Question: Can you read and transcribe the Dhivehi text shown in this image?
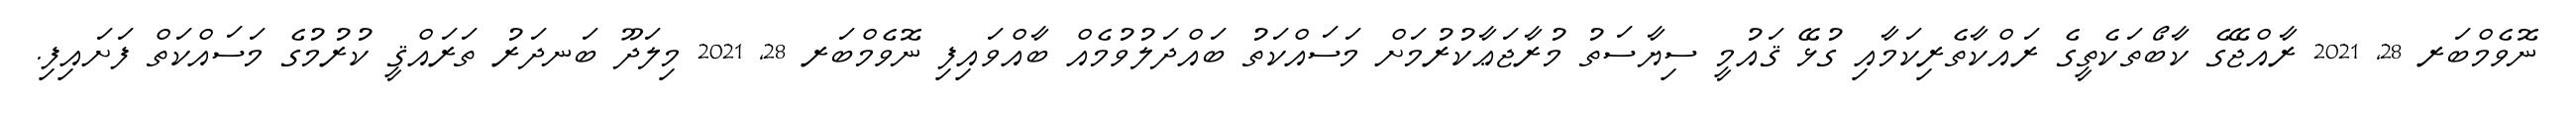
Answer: ނޮވެމްބަރ 28, 2021 ރާއްޖޭގެ ކާބޯތަކެތީގެ ރައްކާތެރިކަމާއި ގުޅޭ ޤައުމީ ސިޔާސަތު މުރާޖަޢާކުރުމަށް މަސައްކަތު ބައްދަލުވުމެއް ބާއްވައިފި ނޮވެމްބަރ 28, 2021 މިލަދޫ ބަނދަރު ތަރައްޤީ ކުރުމުގެ މަސައްކަތް ފަށައިފި.